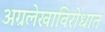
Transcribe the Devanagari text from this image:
अग्रलेखाविरोधात